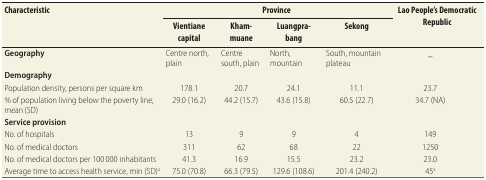
<table><thead><tr><td rowspan="2"><b>Characteristic</b></td><td colspan="4"><b>Province</b></td><td rowspan="2"><b>Lao People&#x27;s Democratic Republic</b></td></tr><tr><td><b>Vientiane capital</b></td><td><b>Khammuane</b></td><td><b>Luangprabang</b></td><td><b>Sekong</b></td></tr></thead><tbody><tr><td><b>Geography</b></td><td>Centre north, plain</td><td>Centre south, plain</td><td>North, mountain</td><td>South, mountain plateau</td><td>_</td></tr><tr><td><b>Demography</b></td><td></td><td></td><td></td><td></td><td></td></tr><tr><td>Population density, persons per square km</td><td>178.1</td><td>20.7</td><td>24.1</td><td>11.1</td><td>23.7</td></tr><tr><td>% of population living below the poverty line, mean (SD)</td><td>29.0 (16.2)</td><td>44.2 (15.7)</td><td>43.6 (15.8)</td><td>60.5 (22.7)</td><td>34.7 (NA)</td></tr><tr><td><b>Service provision</b></td><td></td><td></td><td></td><td></td><td></td></tr><tr><td>No. of hospitals</td><td>13</td><td>9</td><td>9</td><td>4</td><td>149</td></tr><tr><td>No. of medical doctors</td><td>311</td><td>62</td><td>68</td><td>22</td><td>1250</td></tr><tr><td>No. of medical doctors per 100 000 inhabitants</td><td>41.3</td><td>16.9</td><td>15.5</td><td>23.2</td><td>23.0</td></tr><tr><td>Average time to access health service, min (SD)<sup>a</sup></td><td>75.0 (70.8)</td><td>66.3 (79.5)</td><td>129.6 (108.6)</td><td>201.4 (240.2)</td><td>45<sup>a</sup></td></tr></tbody></table>